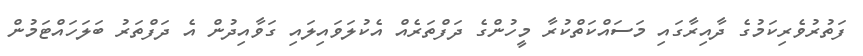
ފަތުރުވެރިކަމުގެ ދާއިރާގައި މަސައްކަތްކުރާ މީހުންގެ ދަފްތަރެއް އެކުލަވައިލައި ގަވާއިދުން އެ ދަފްތަރު ބަލަހައްޓަމުން